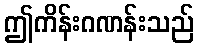
ဤကိန်းဂဏန်းသည်